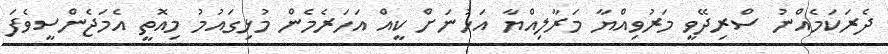
ދެރަކަމެއްނު ސްރިދޭވީ މަރުވިއްޔާ މަރާލިއްޔާ އަހުނަށް ކީއް އަހަރެމެން މުޅިގައުމު މިއޮތީ އެމަޖެންސީވެފަ